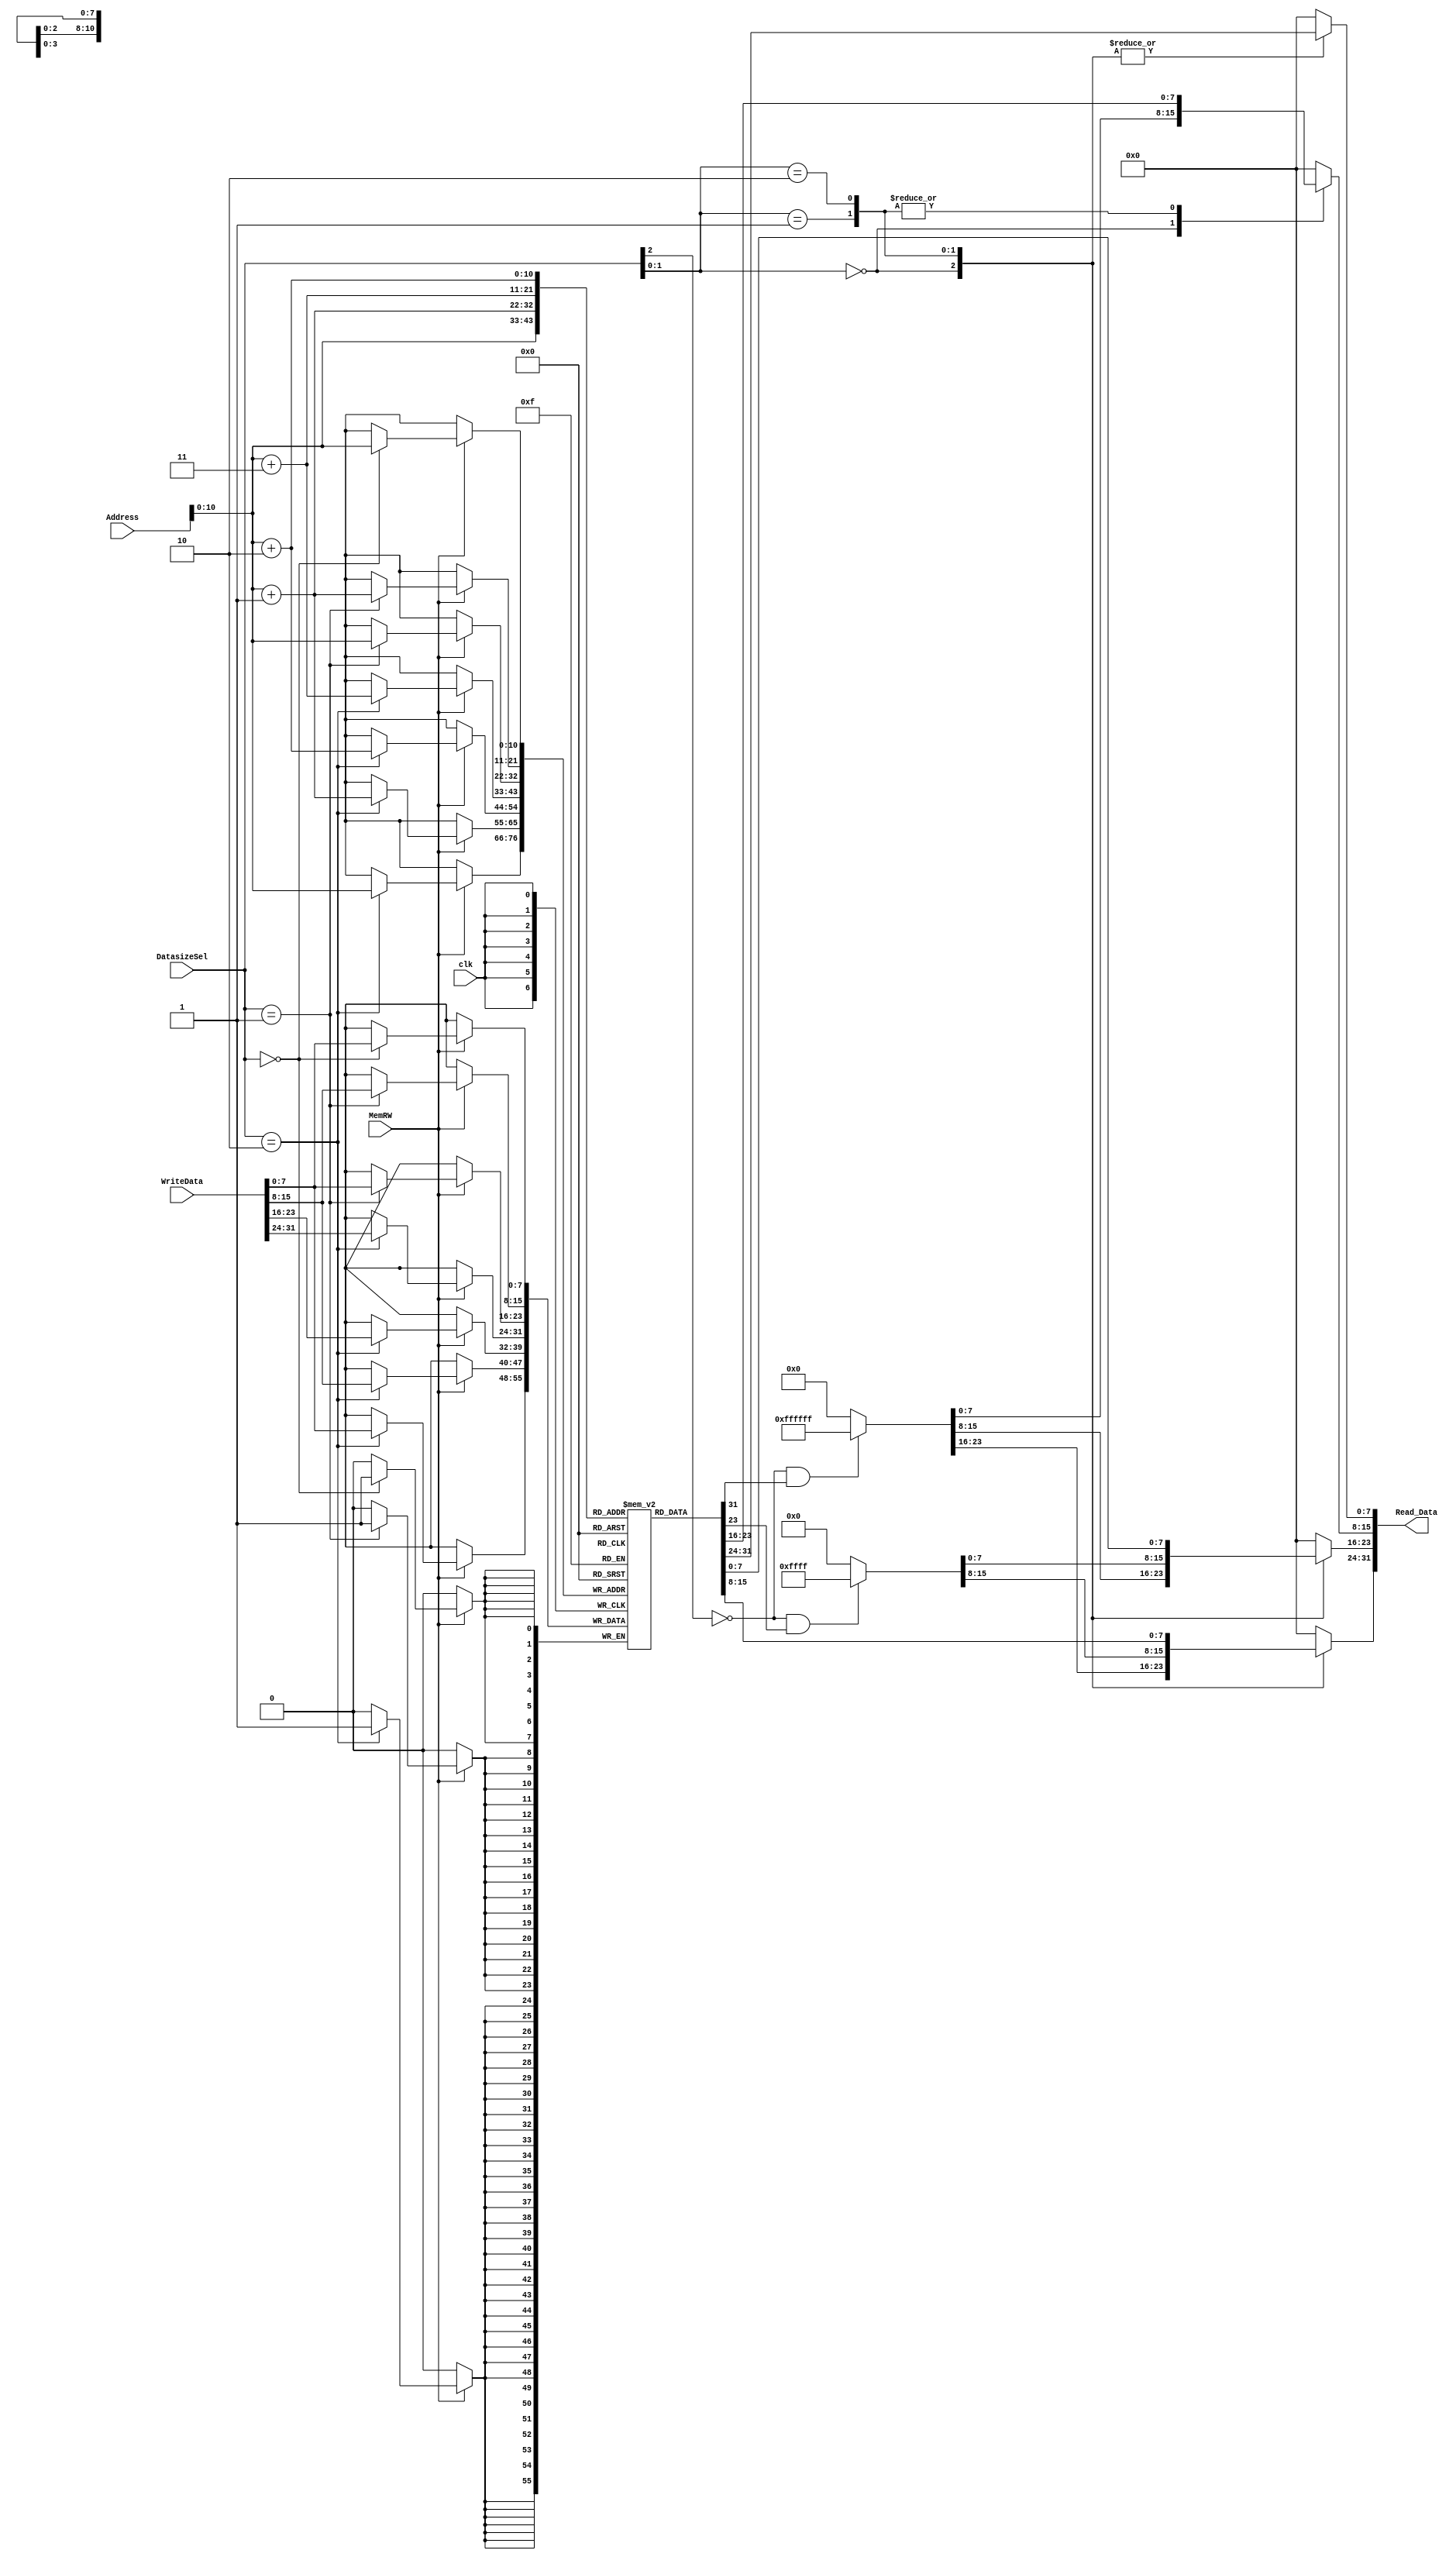
module Data_Mem(
    input clk,
    input [31:0] Address, WriteData,
    input [2:0] DatasizeSel,
    input MemRW,
    output reg [31:0] Read_Data
);

reg [7:0] Data_Memory [0:256*4];

always @ (posedge clk) begin // Write Data on Memory sensitive to clock
    if (MemRW) begin
        case (DatasizeSel)
            3'b000: begin
                Data_Memory[Address] <= WriteData[7:0];
            end
            3'b001: begin
                Data_Memory[Address + 1] <= WriteData[15:8];
                Data_Memory[Address] <= WriteData[7:0];
            end
            3'b010: begin
                Data_Memory[Address + 3] <= WriteData[31:24];
                Data_Memory[Address + 2] <= WriteData[23:16];
                Data_Memory[Address + 1] <= WriteData[15:8];
                Data_Memory[Address] <= WriteData[7:0];
            end
            default: ;
        endcase
    end
end

always@(*) begin // Read Data on Memory not sensitive to clock
    case (DatasizeSel[1:0])
        2'b00: begin
            Read_Data[7:0] = Data_Memory[Address];
            Read_Data[31:8] = (!DatasizeSel[2] & Read_Data[7]) ? {24{1'b1}}: {24{1'b0}};
        end
        2'b01: begin
            Read_Data[15:8] = Data_Memory[Address + 1];
            Read_Data[7:0] = Data_Memory[Address];
            Read_Data[31:16] = (!DatasizeSel[2] & Read_Data[15]) ? {16{1'b1}}: {16{1'b0}};
        end
        2'b10: begin
            Read_Data[31:24] = Data_Memory[Address + 3];
            Read_Data[23:16] = Data_Memory[Address + 2];
            Read_Data[15:8] = Data_Memory[Address + 1];
            Read_Data[7:0] = Data_Memory[Address];
        end
        default: Read_Data[31:0] = 32'b0;
    endcase
    
end


endmodule